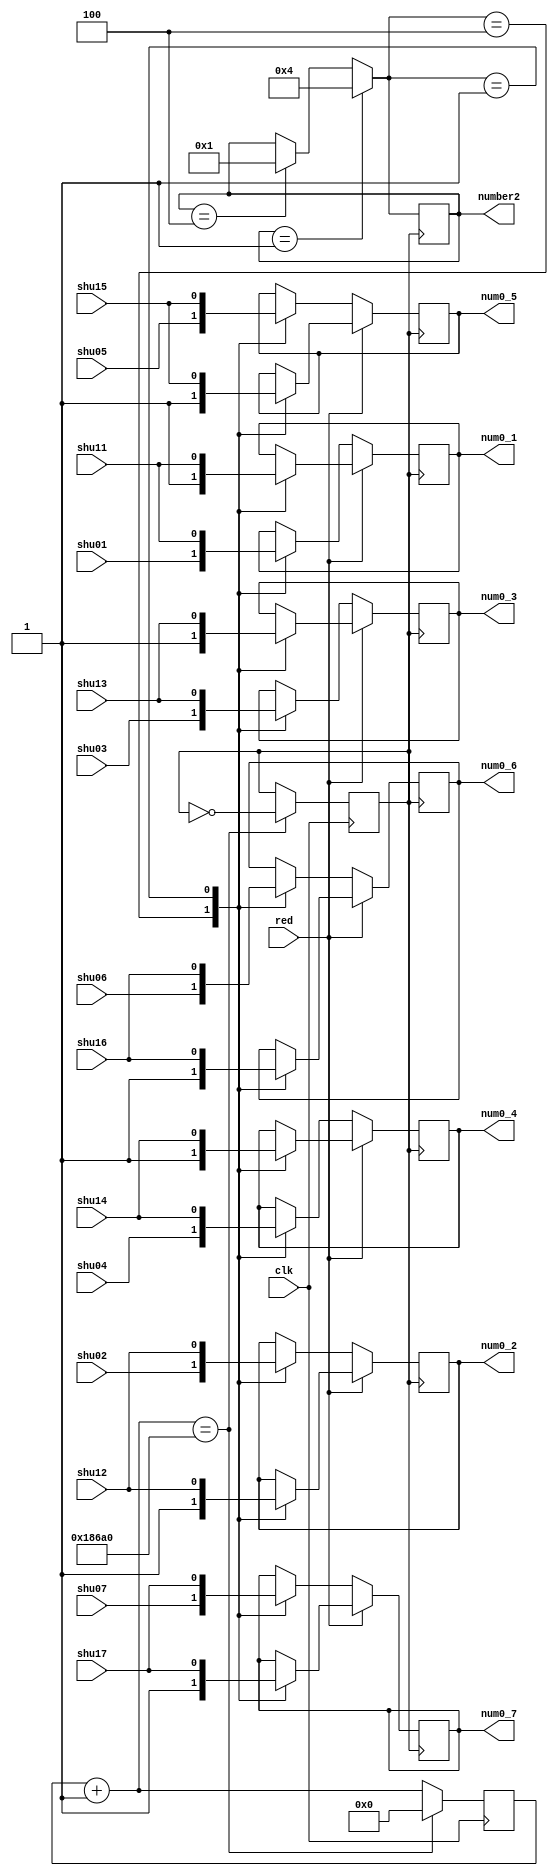
`timescale 1ns / 1ps
//////////////////////////////////////////////////////////////////////////////////
// Company: 
// Engineer: 
// 
// Design Name: 
// Module Name: pianxuan2
// Project Name: 
// Target Devices: 
// Tool Versions: 
// Description: 
// 
// Dependencies: 
// 
// Revision:
// Revision 0.01 - File Created
// Additional Comments:
// 
//////////////////////////////////////////////////////////////////////////////////

module pianxuan2(
        input  shu01,input  shu02,input  shu03,input  shu04,input  shu05,input  shu06,input shu07,
        input  shu11,input  shu12,input  shu13,input  shu14,input  shu15,input  shu16,input  shu17,
        input clk,input red,
        output reg [3:0] number2,
                output reg num0_1, output reg num0_2, output reg num0_3, output reg num0_4, 
                            output reg num0_5, output reg num0_6, output reg num0_7 
    );
    reg [31:0]cnt;
    reg jishiclk;
    initial
    begin
    number2=4'b0001;
    end
    
    always @(posedge clk)
        begin
            cnt=cnt+1;
            if(cnt == 100000)
            begin
                cnt=0;
                jishiclk=~jishiclk;
            end
            
        end
    
    always @(posedge jishiclk)
    begin
    if(number2==4'b0001) number2=4'b0100;
    else if(number2==4'b0100) number2=4'b0001;
    if(!red)begin
    case(number2)
        4'b0100:begin
        num0_1 = shu01; 
        num0_2 = shu02;
        num0_3 = shu03;
        num0_4 = shu04;
        num0_5 = shu05;
        num0_6 = shu06;
        num0_7 = shu07;
        end
        4'b0001:begin
        num0_1 = shu11; 
        num0_2 = shu12;
        num0_3 = shu13;
        num0_4 = shu14;
        num0_5 = shu15;
        num0_6 = shu16;
        num0_7 = shu17;
        end
                endcase
                end
                else begin
                case(number2)
                        4'b0100:begin
                        num0_1 = 1; 
                        num0_2 = 1;
                        num0_3 = 1;
                        num0_4 = 1;
                        num0_5 = 1;
                        num0_6 = 1;
                        num0_7 = 1;
                        end
                        4'b0001:begin
                        num0_1 = shu11; 
                        num0_2 = shu12;
                        num0_3 = shu13;
                        num0_4 = shu14;
                        num0_5 = shu15;
                        num0_6 = shu16;
                        num0_7 = shu17;
                        end
                                endcase
                                end
    end
    
endmodule